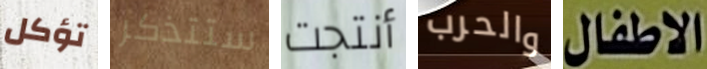
تؤكل ستتذكر أنتجت والحرب الاطفال